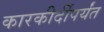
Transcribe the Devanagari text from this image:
कारकीर्दीपर्यंत